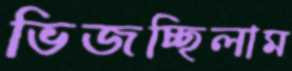
ভিজচ্ছিলাম